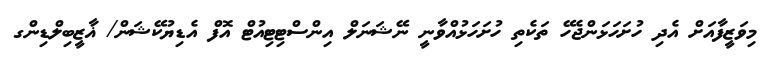
މިވަޒީފާއަށް އެދި ހުށަހަޅަންޖެހޭ ތަކެތި ހުށަހަޅުއްވާނީ ނޭޝަނަލް އިންސްޓިޓިއުޓް އޮފް އެޑިޔުކޭޝަން/ ޣާޒީބިލްޑިންގ